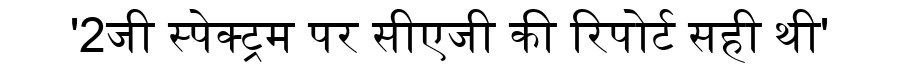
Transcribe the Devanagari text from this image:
'2जी स्पेक्ट्रम पर सीएजी की रिपोर्ट सही थी'